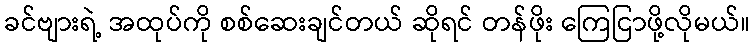
ခင်ဗျားရဲ့ အထုပ်ကို စစ်ဆေးချင်တယ် ဆိုရင် တန်ဖိုး ကြေငြာဖို့လိုမယ်။